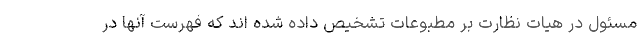
مسئول در هیات نظارت بر مطبوعات تشخیص داده شده اند که فهرست آنها در